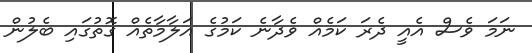
ނަމަ ވެސް އެއީ ދެރަ ކަމެއް ވެދާނެ ކަމުގެ އަލާމާތެއް ގޮތުގައި ބެލުން